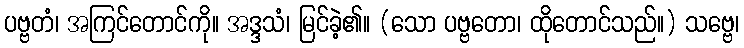
ပဗ္ဗတံ၊ အကြင်တောင်ကို။ အဒ္ဒသံ၊ မြင်ခဲ့၏။ (သော ပဗ္ဗတော၊ ထိုတောင်သည်။) သဗ္ဗေ၊